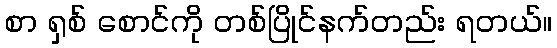
စာ ရှစ် စောင်ကို တစ်ပြိုင်နက်တည်း ရတယ်။